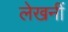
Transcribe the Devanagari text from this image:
लेखनीं